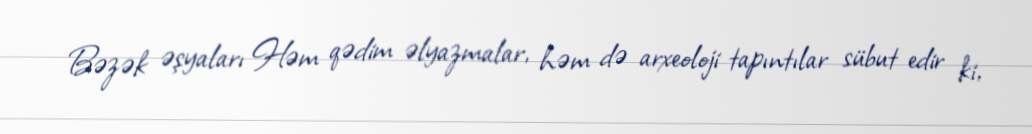
Bəzək əşyaları Həm qədim əlyazmalar, həm də arxeoloji tapıntılar sübut edir ki,